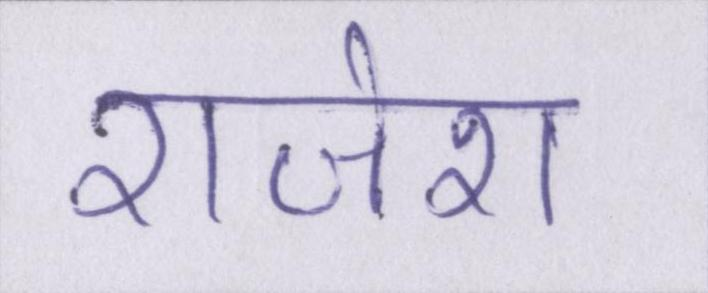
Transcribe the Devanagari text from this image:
राजेश